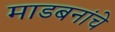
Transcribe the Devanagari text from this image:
माडबनांचे